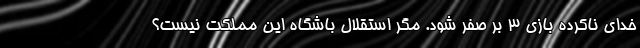
خدای ناکرده بازی 3 بر صفر شود. مگر استقلال باشگاه این مملکت نیست؟